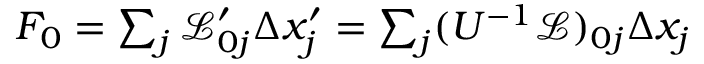
\begin{array} { r } { F _ { 0 } = \sum _ { j } \mathcal { L } _ { 0 j } ^ { \prime } \Delta x _ { j } ^ { \prime } = \sum _ { j } ( U ^ { - 1 } \mathcal { L } ) _ { 0 j } \Delta x _ { j } } \end{array}